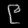
Digit: ၉